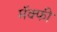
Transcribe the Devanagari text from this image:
मॅक्फी